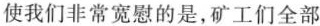
使我们非常宽慰的是，矿工们全部